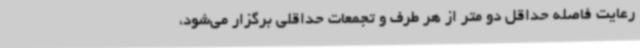
رعایت فاصله حداقل دو متر از هر طرف و تجمعات حداقلی برگزار می‌شود،